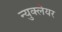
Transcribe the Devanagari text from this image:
न्युक्लेयर